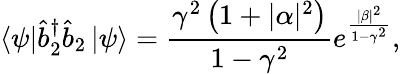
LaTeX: \left\langle\psi\right\vert\hat{b}_{2}^{\dagger}\hat{b}_{2}\left\vert\psi\right\rangle=\frac{\gamma^{2}\left(1+|\alpha|^{2}\right)}{1-\gamma^{2}}e^{\frac{|\beta|^{2}}{1-\gamma^{2}}},